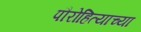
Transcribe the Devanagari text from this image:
पौरोहित्याच्या